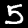
Label: 5